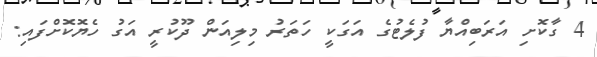
4 ގާކޮށި އަރަބިއްޔާ ފުލެޓުގެ އަގަކީ ހަތަރު މިލިއަން ދޫކުރީ އަގު ހެޔޮކޮށްފައި: